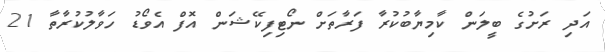
އަދި ރަށުގެ ބީލަން ކާމިޔާބުކުރާ ފަރާތަށް ނޯޓިފިކޭޝަން އޮފް އެވޯޑު ހަވާލުކުރާތާ 21